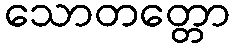
သောတတ္တော